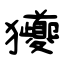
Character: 獿